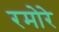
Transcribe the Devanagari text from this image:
रमोरे